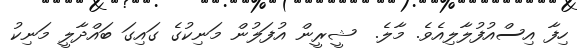
ހިފާ އިސްއުފުލާލިއެވެ. މާލެ.  ޝީރީން އުފަލުން މަނިކުގެ ގައިގަ ބައްދާލީ މަނިކު